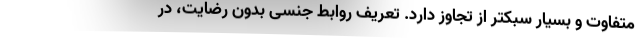
متفاوت و بسیار سبکتر از تجاوز دارد. تعریف روابط جنسی بدون رضایت، در